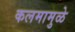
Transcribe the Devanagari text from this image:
कलमामुळे